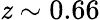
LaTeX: \mathit{z}\sim0.66